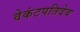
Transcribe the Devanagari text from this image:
वेकंटपतिदेव